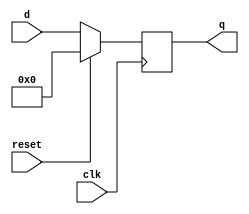
`timescale 1ns / 1ps
//////////////////////////////////////////////////////////////////////////////////
// Company: 
// Engineer: 
// 
// Design Name: 
// Module Name: FlipFlop
// Project Name: 
// Target Devices: 
// Tool Versions: 
// Description: 
// 
// Dependencies: 
// 
// Revision:
// Revision 0.01 - File Created
// Additional Comments:
// 
//////////////////////////////////////////////////////////////////////////////////

// Module Definition
module FlipFlop(
                clk, reset, // 1-bit each
                d,          // 8-bit
                q           // 8-bit 
                );

    // Define the I/O Signals
    input [7:0] d;          // Input
    input clk;              // Input
    input reset;    
    output reg [7:0] q;     // Output 
    
    // Always at the positive edge of clock
    always @(posedge clk) begin // Start
    
        // If reset is active, set output to 0
        if (reset == 1'b1) 
            q = 8'b00000000;
            
        // Else, set the output to be the input value
        else
            q = d;
    end // End
    
endmodule // FlipFlop